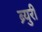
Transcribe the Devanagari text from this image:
ब्र्युरी